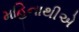
મહિનાથીએ